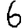
Digit: 6